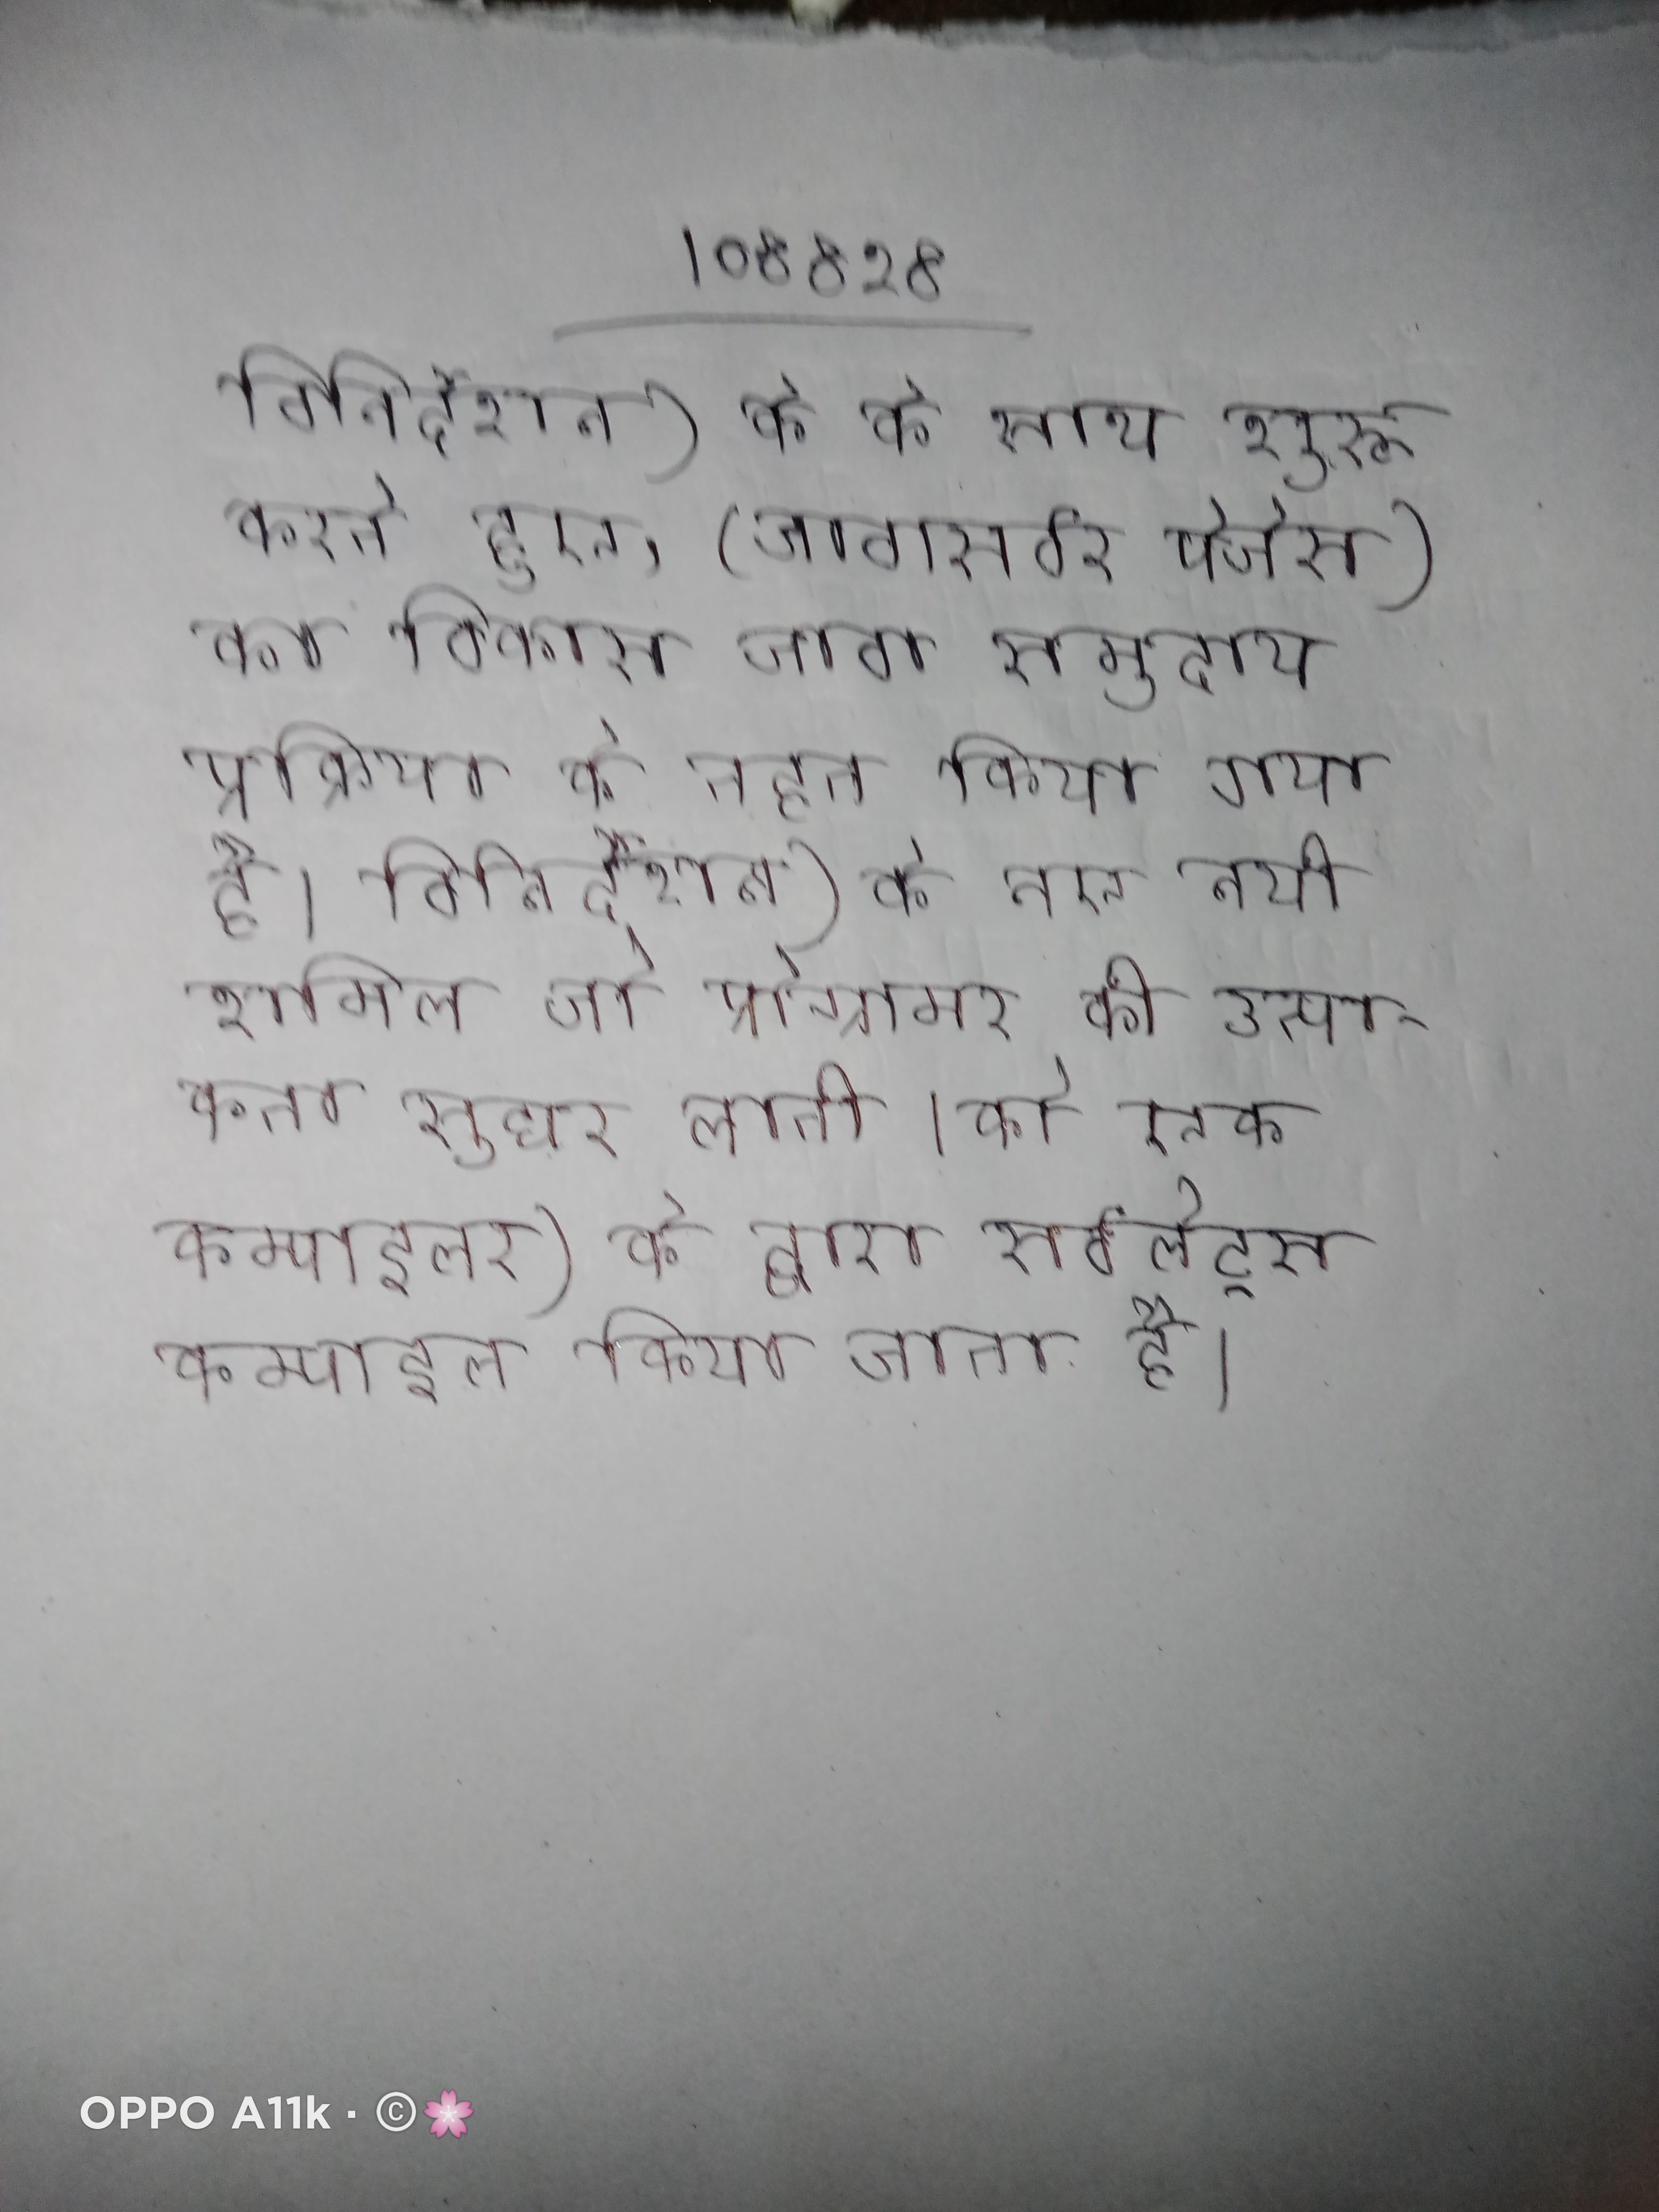
विनिर्देशन) के के साथ शुरू करते हुए, (जावासर्वर पेजेस) का विकास जावा समुदाय प्रक्रिया के तहत किया गया है । विनिर्देशन) के नए नयी शामिल जो प्रोग्रामर की उत्पाकता सुधर लाती । को एक कम्पाइलर) के द्वारा सर्वलेट्स कम्पाइल किया जाता है ।